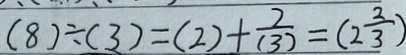
( 8 ) \div ( 3 ) = ( 2 ) + \frac { 2 } { ( 3 ) } = ( 2 \frac { 2 } { 3 } )